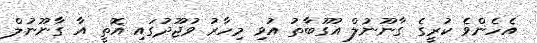
އެހެންވެ ކުރީގެ ގާނޫނުލް އުގޫބާތު އުވި މިހާރު ވުޖޫދުގައި އޮތީ އާ ގާނޫނުލް